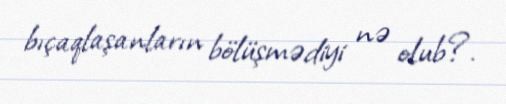
bıçaqlaşanların bölüşmədiyi nə olub?.